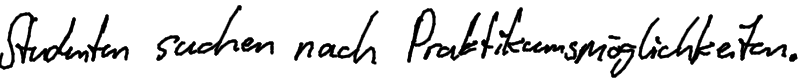
Studenten suchen nach Praktikumsmöglichkeiten.